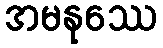
အမနုဿေ